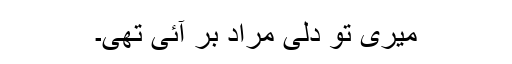
میری تو دلی مراد بر آئی تھی۔